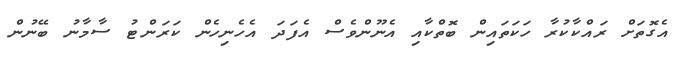
އެގޮތަށް ރައްކާކުރާ ހަކަތައިން ބޮތްކާއި އެނޫންވެސް އެފަދަ އެހެނިހެން ކަރަންޓު ސާމާނު ބޭނުން